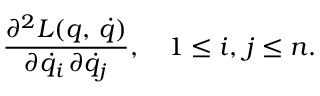
\frac { \partial ^ { 2 } L ( q , \, \dot { q } ) } { \partial \dot { q } _ { i } \, \partial \dot { q } _ { j } } , \quad 1 \leq i , \, j \leq n .